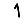
Digit: 1